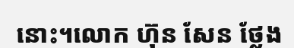
នោះ។លោក ហ៊ុន សែន ថ្លែង